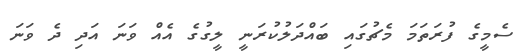
ސެމީގެ ފުރަތަމަ މެޗުގައި ބައްދަލުކުރަނީ ލީގުގެ އެއް ވަނަ އަދި ދެ ވަނަ